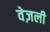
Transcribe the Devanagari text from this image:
वेज़ली